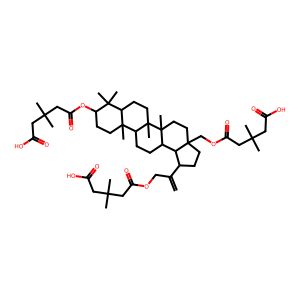
SMILES: C=C(COC(=O)CC(C)(C)CC(=O)O)C1CCC2(COC(=O)CC(C)(C)CC(=O)O)CCC3(C)C(CCC4C5(C)CCC(OC(=O)CC(C)(C)CC(=O)O)C(C)(C)C5CCC43C)C12
Inhibits HIV replication: No